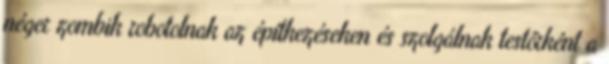
néger zombik robotolnak az építkezéseken és szolgálnak testőrként a